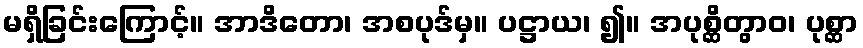
မရှိခြင်းကြောင့်။ အာဒိတော၊ အစပုဒ်မှ။ ပဋ္ဌာယ၊ ၍။ အပုစ္ဆိတွာဝ၊ ပုစ္ဆာ